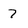
Character: 7